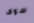
سوف